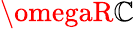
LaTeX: \omegaR\mathbb{C}